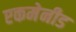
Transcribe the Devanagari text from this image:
एकमेनीड